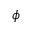
\phi